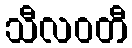
သီလဝတီ